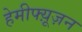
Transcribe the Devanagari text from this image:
हेमीफ्य़ूज़न